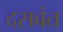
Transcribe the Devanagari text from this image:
दसवंत